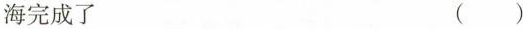
海完成了 ( )